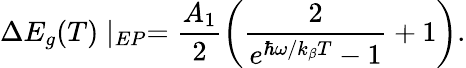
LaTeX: \Delta E_{g}(T)\mid_{EP}=\frac{A_{1}}{2}\left(\frac{2}{e^{\hbar\omega/k_{\beta}T}-1}+1\right).